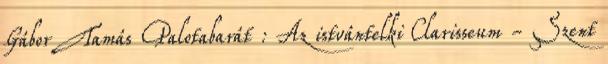
Gábor Tamás Palotabarát : Az istvántelki Clarisseum - Szent